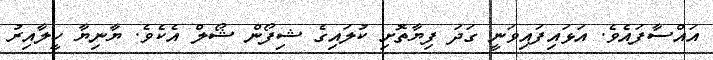
އައްސާފައެވެ. އަޅައިފައިވަނީ ގަދަ ފިޔާތޮށި ކުލައިގެ ޝިފޯން ޝޯލް އެކެވެ. ޔާނިޔާ ހީލާއިރު